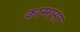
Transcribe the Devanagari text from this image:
कामासा